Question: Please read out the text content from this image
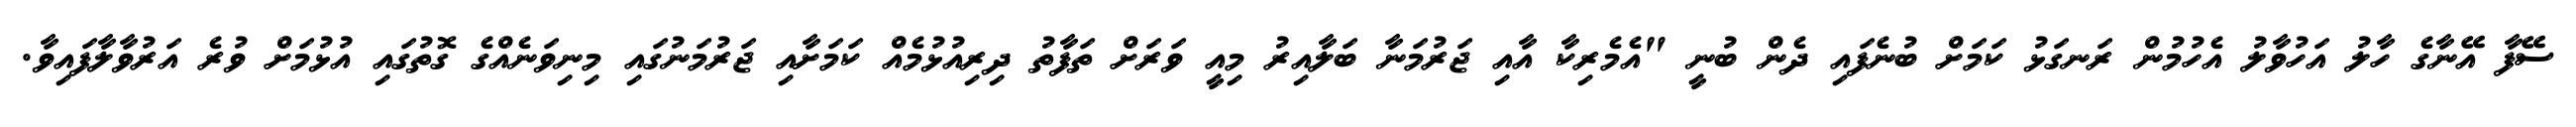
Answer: ސޭފާ އޭނާގެ ހާލު އަހުވާލު އެހުމުން ރަނގަޅު ކަމަށް ބުނެފައި ދެން ބުނީ "އެމެރިކާ އާއި ޖަރުމަނާ ބަލާއިރު މިއީ ވަރަށް ތަފާތު ދިރިއުޅުމެއް ކަމަށާއި ޖަރުމަނުގައި މިނިވަނެއްގެ ގޮތުގައި އުޅުމަށް ވުރެ އަރުވާލާފައިވާ.